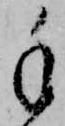
手